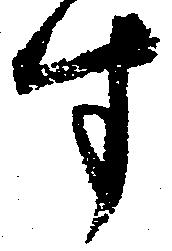
す